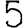
Digit: 5